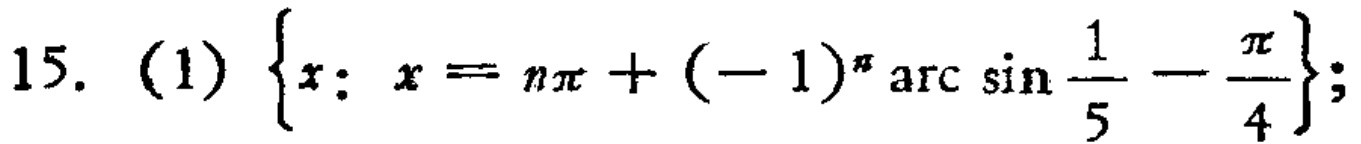
15. (1) $\left\{x: x = n\pi + (-1)^n\arcsin\frac{1}{5}-\frac{\pi}{4}\right\};$